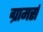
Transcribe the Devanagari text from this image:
ग्रामर्स